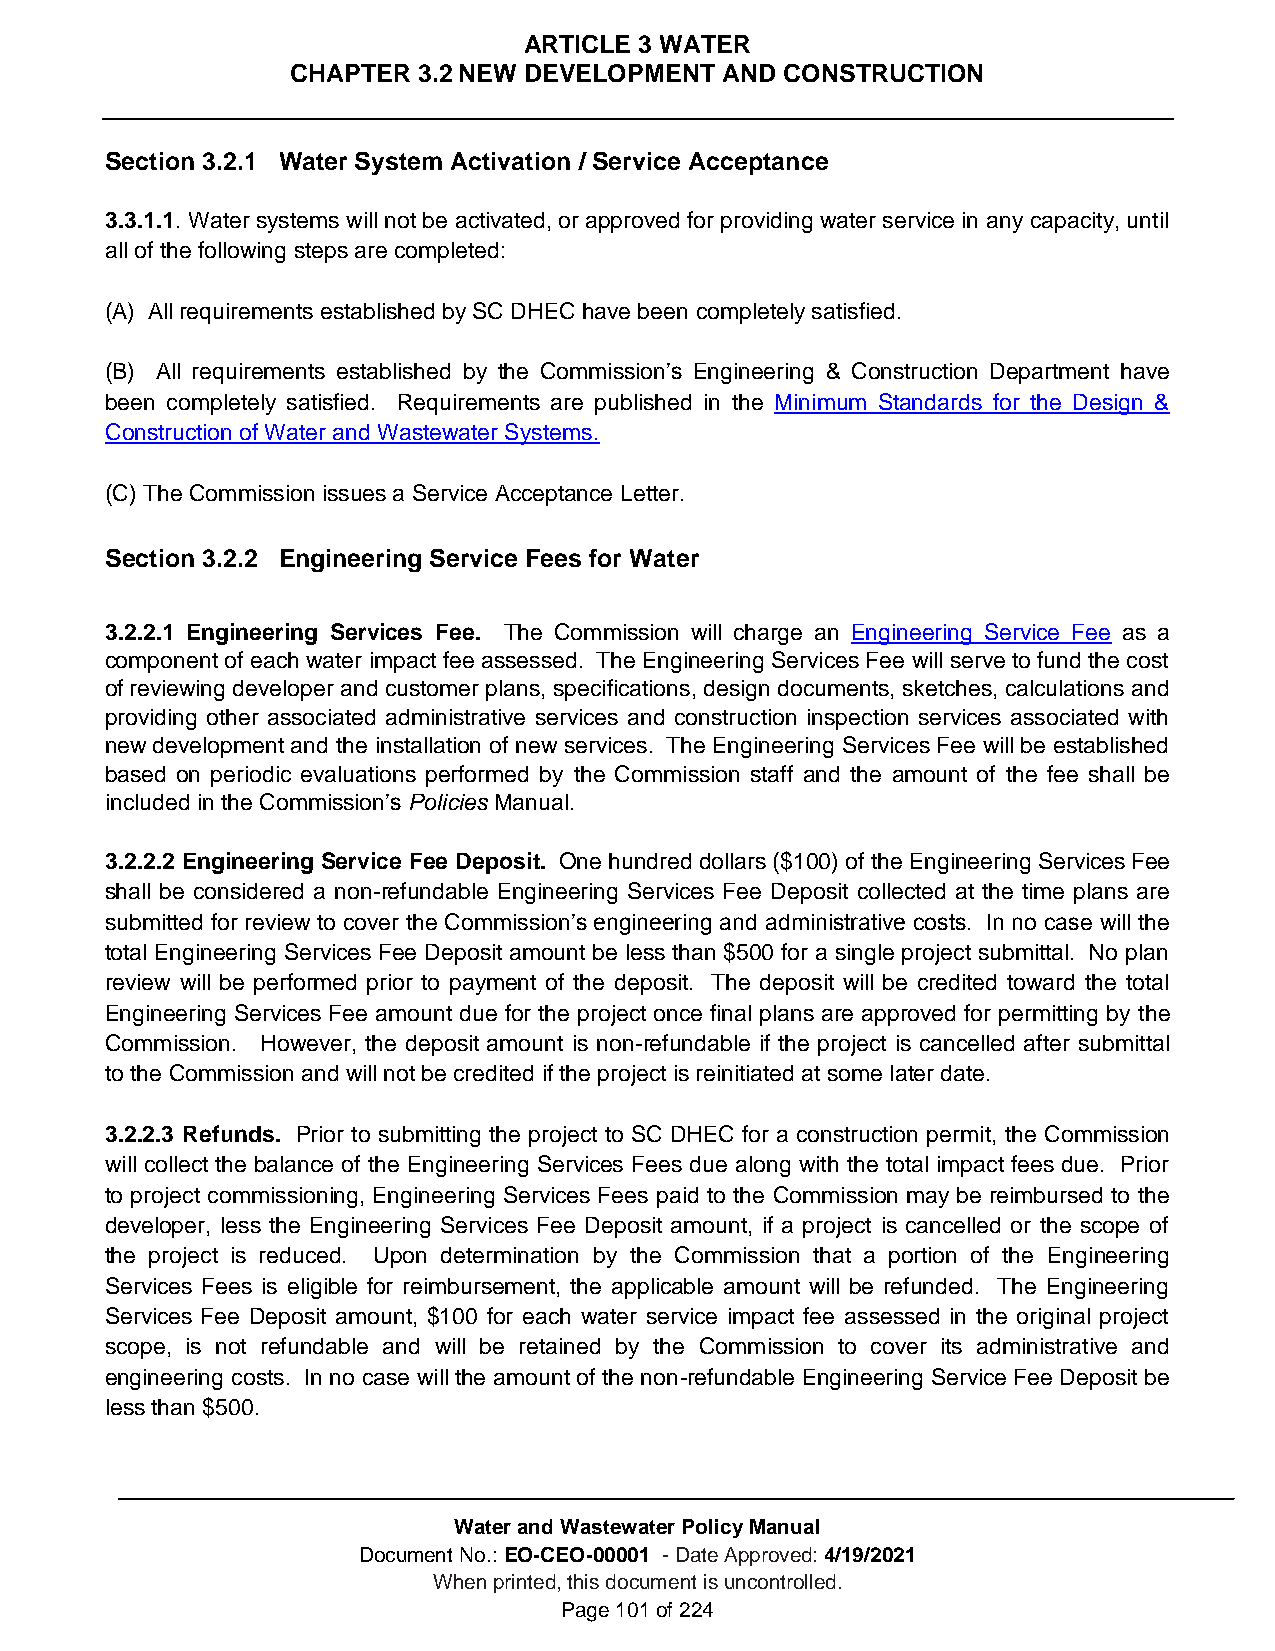
ARTICLE 3 WATER
 CHAPTER  3.2 NEW DEVELOPMENT AND CONSTRUCTION
 Section 3.2.1 Water System Activation / Service Acceptance
 3.3.1.1. Water systems will not be activated, or approved for providing water service in any capacity, until
 all of the following steps are completed:
 (A) All requirements established by SC DHEC have been completely satisfied.
 (B) All requirements established by the Commission’s Engineering & Construction Department have
 been completely satisfied. Requirements are published in the Minimum Standards for the Design &
 Construction of Water and Wastewater Systems.
 (C) The Commission issues a Service Acceptance Letter.
 Section 3.2.2 Engineering Service Fees for Water
 3.2.2.1 Engineering Services Fee. The Commission will charge an Engineering Service Fee as a
 component of each water impact fee assessed. The Engineering Services Fee will serve to fund the cost
 of reviewing developer and customer plans, specifications, design documents, sketches, calculations and
 providing other associated administrative services and construction inspection services associated with
 new development and the installation of new services. The Engineering Services Fee will be established
 based on periodic evaluations performed by the Commission staff and the amount of the fee shall be
 included in the Commission’s Policies Manual.
 3.2.2.2 Engineering Service Fee Deposit. One hundred dollars ($100) of the Engineering Services Fee
 shall be considered a non-refundable Engineering Services Fee Deposit collected at the time plans are
 submitted for review to cover the Commission’s engineering and administrative costs. In no case will the
 total Engineering Services Fee Deposit amount be less than $500 for a single project submittal. No plan
 review will be performed prior to payment of the deposit. The deposit will be credited toward the total
 Engineering Services Fee amount due for the project once final plans are approved for permitting by the
 Commission. However, the deposit amount is non-refundable if the project is cancelled after submittal
 to the Commission and will not be credited if the project is reinitiated at some later date.
 3.2.2.3 Refunds. Prior to submitting the project to SC DHEC for a construction permit, the Commission
 will collect the balance of the Engineering Services Fees due along with the total impact fees due. Prior
 to project commissioning, Engineering Services Fees paid to the Commission may be reimbursed to the
 developer, less the Engineering Services Fee Deposit amount, if a project is cancelled or the scope of
 the project is reduced. Upon determination by the Commission that a portion of the Engineering
 Services Fees is eligible for reimbursement, the applicable amount will be refunded. The Engineering
 Services Fee Deposit amount, $100 for each water service impact fee assessed in the original project
 scope, is not refundable and will be retained by the Commission to cover its administrative and
 engineering costs. In no case will the amount of the non-refundable Engineering Service Fee Deposit be
 less than $500.
 Water and Wastewater Policy Manual
 Document No.: EO-CEO-00001 - Date Approved: 4/19/2021
 When printed, this document is uncontrolled.
 Page 101 of 224